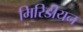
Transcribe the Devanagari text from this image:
मिरिडीयन